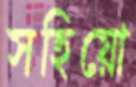
সহিয়ো